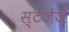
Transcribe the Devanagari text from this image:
स्टेजेजे